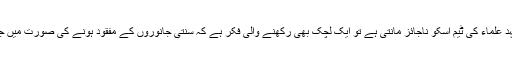
اور مجتہد علماء کی ٹیم اسکو ناجائز مانتی ہے تو ایک لچک بھی رکھنے والی فکر ہے کہ سنتی جانوروں کے مفقود ہونے کی صورت میں جائز ہے۔